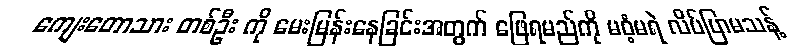
ကျေးတောသား တစ်ဦး ကို မေးမြန်းနေခြင်းအတွက် ဖြေရမည်ကို မဝံ့မရဲ လိပ်ပြာမသန့်